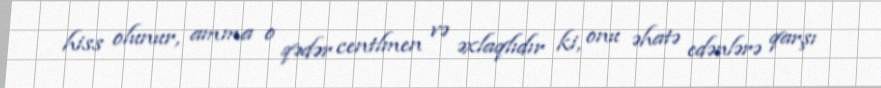
hiss olunur, amma o qədər centlmen və əxlaqlıdır ki, onu əhatə edənlərə qarşı